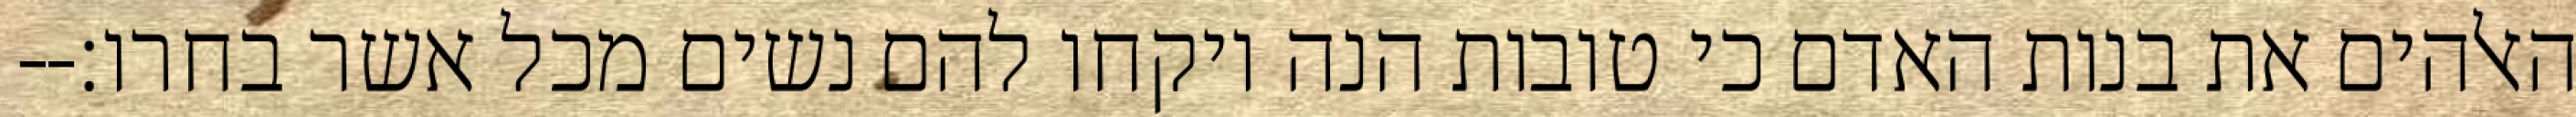
האלהים את בנות האדם כי טובות הנה ויקחו להם נשים מכל אשר בחרו׃--